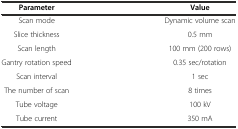
<table><thead><tr><td><b>Parameter</b></td><td><b>Value</b></td></tr></thead><tbody><tr><td>Scan mode</td><td>Dynamic volume scan</td></tr><tr><td>Slice thickness</td><td>0.5 mm</td></tr><tr><td>Scan length</td><td>100 mm (200 rows)</td></tr><tr><td>Gantry rotation speed</td><td>0.35 sec/rotation</td></tr><tr><td>Scan interval</td><td>1 sec</td></tr><tr><td>The number of scan</td><td>8 times</td></tr><tr><td>Tube voltage</td><td>100 kV</td></tr><tr><td>Tube current</td><td>350 mA</td></tr></tbody></table>